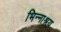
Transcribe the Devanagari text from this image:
भिन्नाश्रय